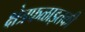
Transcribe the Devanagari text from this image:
क्षेत्रफळाइतकी